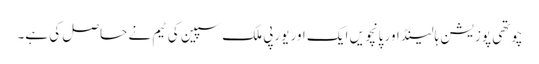
چوتھی پوزیشن ہالینڈ اور پانچویں ایک اور یورپی ملک سپین کی ٹیم نے حاصل کی ہے۔